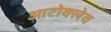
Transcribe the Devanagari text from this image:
आटोक्‍लेव